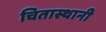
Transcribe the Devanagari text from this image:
चितास्थानी